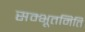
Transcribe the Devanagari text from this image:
सम्भूतमिति